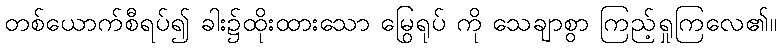
တစ်ယောက်စီရပ်၍ ခါး၌ထိုးထားသော မြွေရုပ် ကို သေချာစွာ ကြည့်ရှုကြလေ၏။